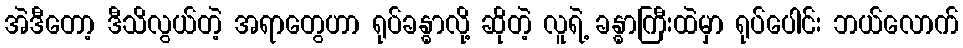
အဲဒီတော့ ဒီသိလွယ်တဲ့ အရာတွေဟာ ရုပ်ခန္ဓာလို့ ဆိုတဲ့ လူရဲ့ ခန္ဓာကြီးထဲမှာ ရုပ်ပေါင်း ဘယ်လောက်